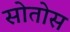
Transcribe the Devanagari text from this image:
सोतोस